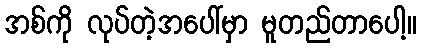
အစ်ကို လုပ်တဲ့အပေါ်မှာ မူတည်တာပေါ့။